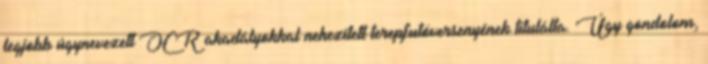
legjobb úgynevezett OCR akadályokkal nehezített terepfutóversenyének titulálta. Úgy gondolom,